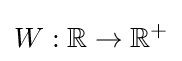
W:\mathbb {R} \rightarrow \mathbb {R} ^{+}